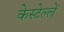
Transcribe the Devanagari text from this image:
केस्टेल्लें